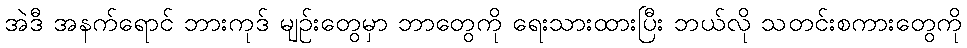
အဲဒီ အနက်ရောင် ဘားကုဒ် မျဉ်းတွေမှာ ဘာတွေကို ရေးသားထားပြီး ဘယ်လို သတင်းစကားတွေကို